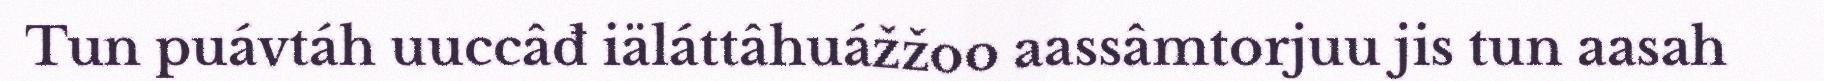
Tun puávtáh uuccâđ iäláttâhuážžoo aassâmtorjuu jis tun aasah